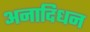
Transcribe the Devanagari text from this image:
अनादिधन